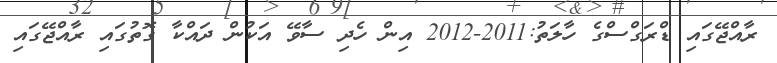
ރާއްޖޭގައި ޑްރަގްސްގެ ހާލަތު:2011-2012 އިން ހެދި ސާވޭ އަކުން ދައްކާ ގޮތުގައި ރާއްޖޭގައި